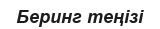
Беринг теңізі